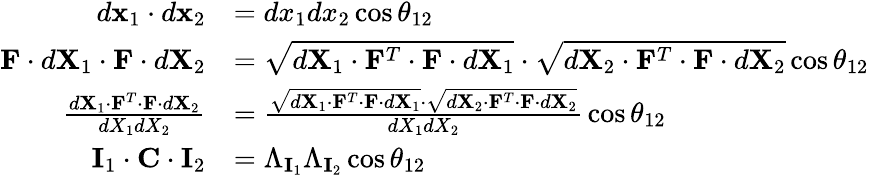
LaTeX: {\begin{array}{rl}{d\mathbf{x}_{1}\cdot d\mathbf{x}_{2}}&{=dx_{1}dx_{2}\cos\theta_{12}}\\ {\mathbf{F}\cdot d\mathbf{X}_{1}\cdot\mathbf{F}\cdot d\mathbf{X}_{2}}&{={\sqrt{d\mathbf{X}_{1}\cdot\mathbf{F}^{T}\cdot\mathbf{F}\cdot d\mathbf{X}_{1}}}\cdot{\sqrt{d\mathbf{X}_{2}\cdot\mathbf{F}^{T}\cdot\mathbf{F}\cdot d\mathbf{X}_{2}}}\cos\theta_{12}}\\ {{\frac{d\mathbf{X}_{1}\cdot\mathbf{F}^{T}\cdot\mathbf{F}\cdot d\mathbf{X}_{2}}{dX_{1}dX_{2}}}}&{={\frac{{\sqrt{d\mathbf{X}_{1}\cdot\mathbf{F}^{T}\cdot\mathbf{F}\cdot d\mathbf{X}_{1}}}\cdot{\sqrt{d\mathbf{X}_{2}\cdot\mathbf{F}^{T}\cdot\mathbf{F}\cdot d\mathbf{X}_{2}}}}{dX_{1}dX_{2}}}\cos\theta_{12}}\\ {\mathbf{I}_{1}\cdot\mathbf{C}\cdot\mathbf{I}_{2}}&{=\Lambda_{\mathbf{I}_{1}}\Lambda_{\mathbf{I}_{2}}\cos\theta_{12}}\end{array}}